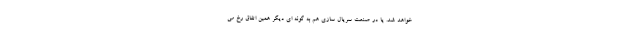
خواهد شد. یا در صنعت سریال سازی هم به گونه ای دیگر همین اتفاق رخ می